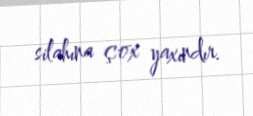
silahına çox yaxındır.